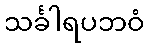
သင်္ခါရပဘဝံ